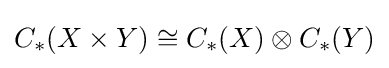
C_{*}(X\times Y)\cong C_{*}(X)\otimes C_{*}(Y)